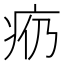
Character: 𪽩